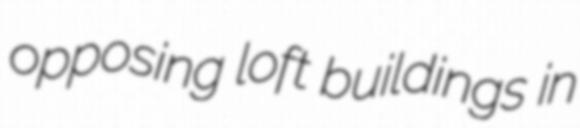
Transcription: opposing loft buildings in